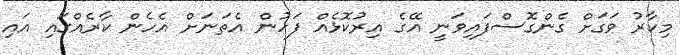
މިކާރު ވަގަށް ގެންގޮސްފައިވަނީ އޭގެ އިރުކޮޅެއް ފަހުން އެތަނަށް އެހެން ކާރެއްގައި އައި